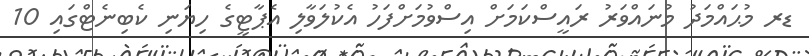
ޑރ މުޙައްމަދު މުނައްވަރު ރައީސްކަމަށް އިސްވުމަށްފަހު އެކުލަވާލި އެޕާޓީގެ ހިޔަނި ކެބިނެޓްގައި 10